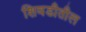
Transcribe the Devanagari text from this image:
शिवडीतील